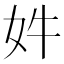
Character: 𫰔